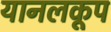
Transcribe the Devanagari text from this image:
यानलकूप